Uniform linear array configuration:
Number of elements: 24
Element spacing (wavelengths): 0.75
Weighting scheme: uniform
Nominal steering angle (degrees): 45
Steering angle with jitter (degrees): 45.792
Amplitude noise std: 0.05
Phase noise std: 0.05

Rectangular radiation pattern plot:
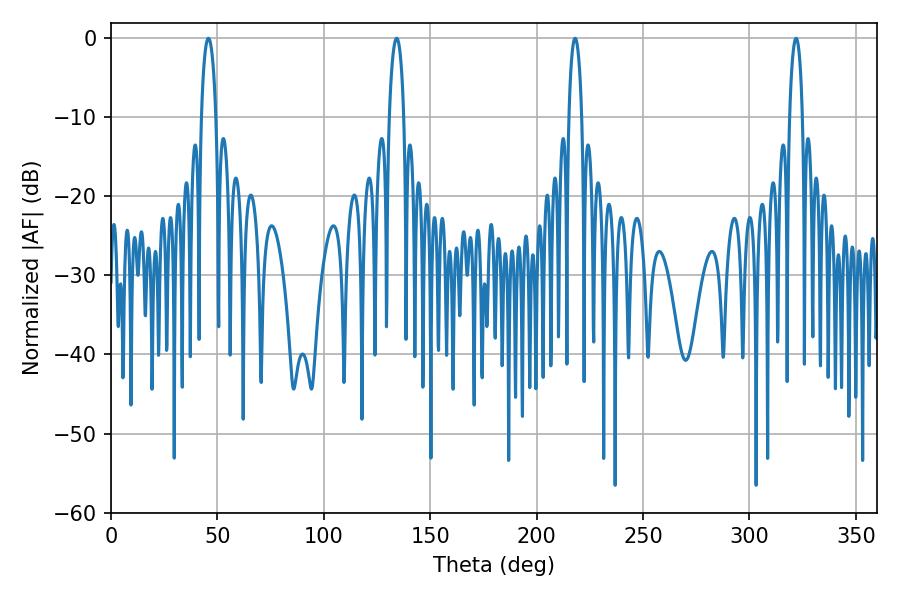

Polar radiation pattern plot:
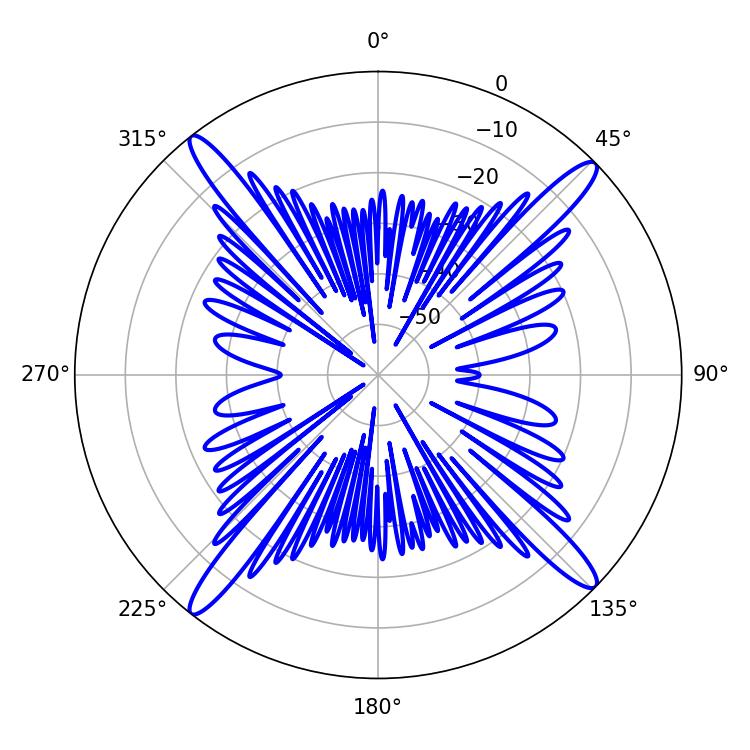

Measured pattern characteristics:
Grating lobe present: TRUE
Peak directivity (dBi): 18.667
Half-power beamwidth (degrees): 3.78
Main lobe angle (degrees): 45.72